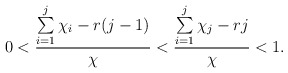
\begin{align*}0 < \frac{ \sum\limits _{i=1}^j\chi_i - r(j-1)}{\chi} < \frac{\sum\limits_{i=1}^j\chi_j-rj}{\chi} < 1. \end{align*}